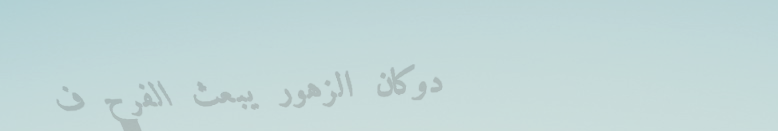
دوكان الزهور يبعث الفرح ف